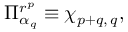
\Pi _ { \alpha _ { q } } ^ { r ^ { p } } \equiv \chi _ { p + q , \, q } ,